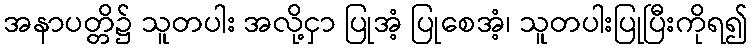
အနာပတ္တိ၌ သူတပါး အလို့ငှာ ပြုအံ့ ပြုစေအံ့၊ သူတပါးပြုပြီးကိုရ၍